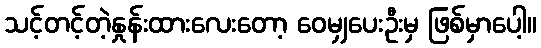
သင့်တင့်တဲ့နှုန်းထားလေးတော့ ဝေမျှပေးဦးမှ ဖြစ်မှာပေါ့။